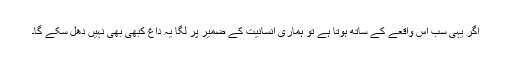
اگر یہی سب اس واقعے کے ساتھ ہوتا ہے تو ہماری انسانیت کے ضمیر پر لگا یہ داغ کبھی بھی نہیں دھل سکے گا۔